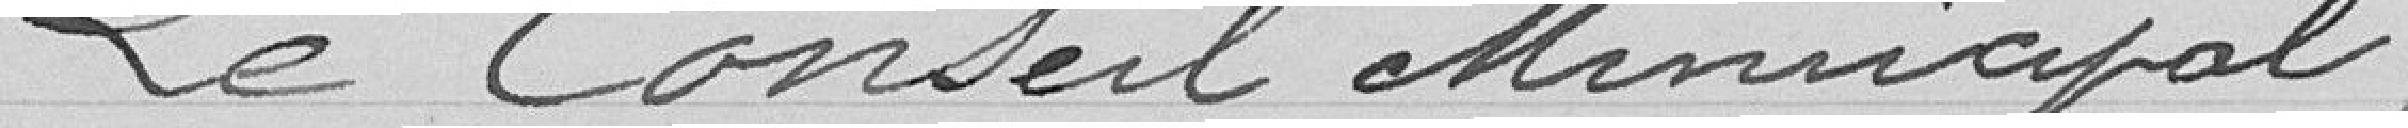
Le Conseil Municipal ,